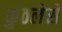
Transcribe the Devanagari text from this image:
कुठलेसे